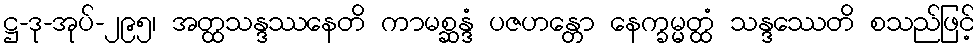
ဋ္ဌ-ဒု-အုပ်-၂၉၅၊ အတ္ထသန္ဒဿနေတိ ကာမစ္ဆန္ဒံ ပဇဟန္တော နေက္ခမ္မတ္ထံ သန္ဒဿေတိ စသည်ဖြင့်